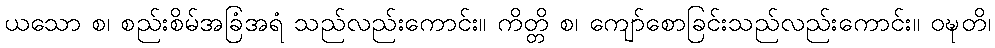
ယသော စ၊ စည်းစိမ်အခြံအရံ သည်လည်းကောင်း။ ကိတ္တိ စ၊ ကျော်စောခြင်းသည်လည်းကောင်း။ ဝဍ္ဎတိ၊